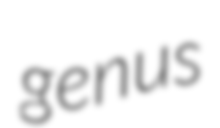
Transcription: genus